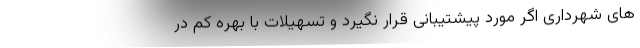
های شهرداری اگر مورد پیشتیبانی قرار نگیرد و تسهیلات با بهره کم در